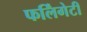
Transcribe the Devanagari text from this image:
फर्लिंगेटी